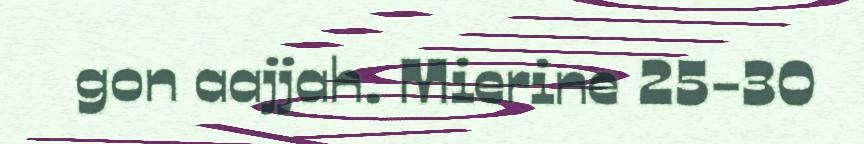
gon aajjah. Mierine 25-30